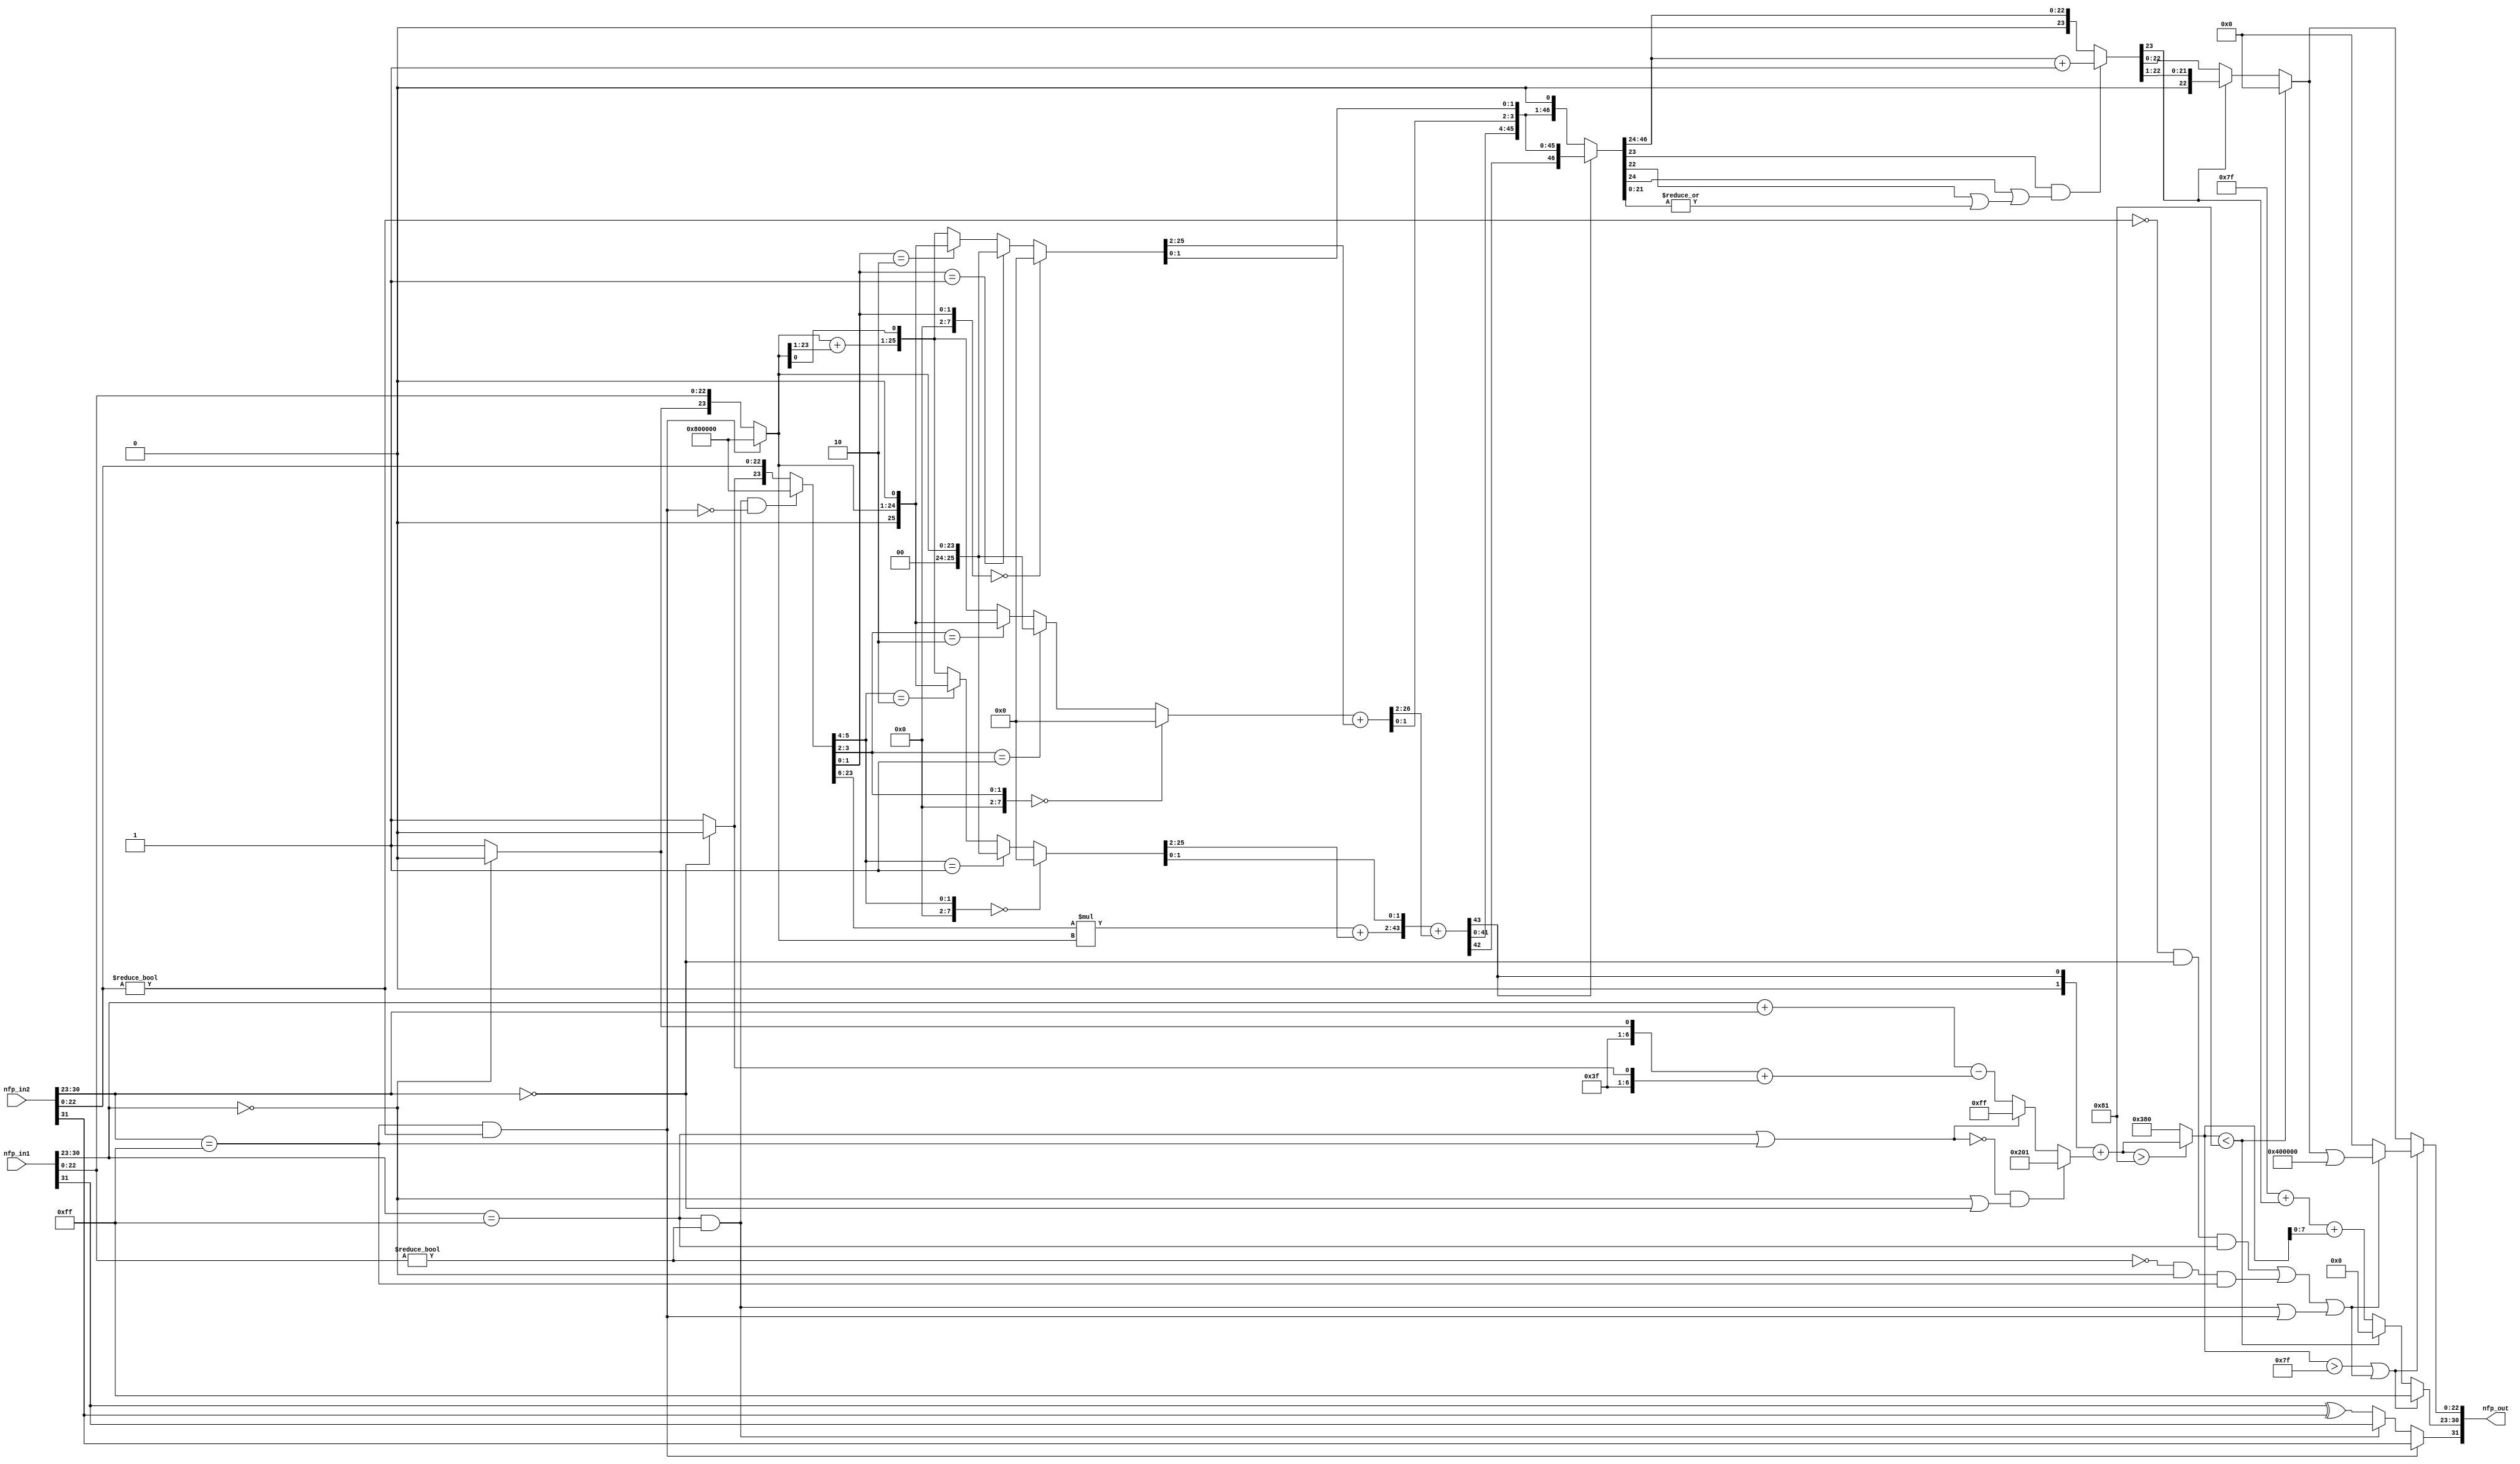
// -------------------------------------------------------------
// 
// 
// Generated by MATLAB 9.12 and HDL Coder 3.20
// 
// -------------------------------------------------------------


// -------------------------------------------------------------
// 
// Module: nfp_mul_single
// Source Path: SimulinkCFARHDLWorkflowExampleNew/CFAR Implementation Model/Alpha HDL/nfp_mul_single
// Hierarchy Level: 2
// 
// {Latency Strategy = "Zero", Denormal Handling = "off"}
// {Mantissa Multiply Strategy = "PartMultiplierPartAddShift"}
// {Part Add Shift Multiplier Size = "18x24"}
// 
// -------------------------------------------------------------

`timescale 1 ns / 1 ns

module nfp_mul_single
          (nfp_in1,
           nfp_in2,
           nfp_out);


  input   [31:0] nfp_in1;  // ufix32
  input   [31:0] nfp_in2;  // ufix32
  output  [31:0] nfp_out;  // ufix32


  wire BS;  // ufix1
  wire [7:0] BE;  // ufix8
  wire [22:0] BM;  // ufix23
  wire Compare_To_Constant1_out1;
  wire Compare_To_Zero3_out1;
  wire Logical_Operator1_out1;
  wire AS;  // ufix1
  wire [7:0] AE;  // ufix8
  wire [22:0] AM;  // ufix23
  wire Compare_To_Constant_out1;
  wire Compare_To_Zero2_out1;
  wire Logical_Operator_out1;
  wire Logical_Operator_out1_1;
  wire Switch_out1;
  wire Constant8_out1;  // ufix1
  wire [7:0] Constant6_out1;  // uint8
  wire Logical_Operator3_out1;
  wire Logical_Operator_out1_2;
  wire Compare_To_Zero1_out1;
  wire Constant3_out1;  // ufix1
  wire Constant2_out1;  // ufix1
  wire Switch2_out1;  // ufix1
  wire [23:0] Bit_Concat1_out1;  // ufix24
  wire [23:0] Constant4_out1;  // ufix24
  wire [23:0] Switch3_out1;  // ufix24
  wire [17:0] BitSlice9_out1;  // ufix18
  wire Compare_To_Zero_out1;
  wire Constant1_out1;  // ufix1
  wire Constant_out1;  // ufix1
  wire Switch1_out1;  // ufix1
  wire [23:0] Bit_Concat_out1;  // ufix24
  wire [23:0] Constant5_out1;  // ufix24
  wire [23:0] Switch_out1_1;  // ufix24
  wire [41:0] Product_out1;  // ufix42
  wire [1:0] BitSlice5_out1;  // ufix2
  wire [7:0] DTC6_out1;  // uint8
  wire [25:0] C1_out1;  // ufix26
  wire Constant1_out1_1;
  wire [22:0] Bit_Slice_out1;  // ufix23
  wire [31:0] Sum1_add_temp;  // ufix32
  wire [31:0] Sum1_1;  // ufix32
  wire [31:0] Sum1_2;  // ufix32
  wire [24:0] Sum1_out1;  // ufix25
  wire [25:0] DTC6_out1_1;  // ufix26
  wire [24:0] Bit_Concat2_out1;  // ufix25
  wire [25:0] DTC4_out1;  // ufix26
  wire Bit_Slice1_out1;  // ufix1
  wire [25:0] Bit_Concat1_out1_1;  // ufix26
  wire [25:0] LUT4_out1 [0:3];  // ufix26 [4]
  wire [25:0] Selector5_out1;  // ufix26
  wire [23:0] Bit_Slice3_out1;  // ufix24
  wire [42:0] Sum2_1;  // ufix43
  wire [42:0] Sum2_2;  // ufix43
  wire [42:0] Sum2_out1;  // ufix43
  wire [1:0] Bit_Slice4_out1;  // ufix2
  wire [44:0] Bit_Concat4_out1;  // ufix45
  wire [1:0] BitSlice4_out1;  // ufix2
  wire [7:0] DTC7_out1;  // uint8
  wire [25:0] Selector4_out1;  // ufix26
  wire [1:0] BitSlice1_out1;  // ufix2
  wire [7:0] DTC8_out1;  // uint8
  wire [25:0] Selector3_out1;  // ufix26
  wire [23:0] Bit_Slice1_out1_1;  // ufix24
  wire [31:0] Sum31_add_temp;  // ufix32
  wire [31:0] Sum31_1;  // ufix32
  wire [31:0] Sum31_2;  // ufix32
  wire [26:0] Sum31_out1;  // ufix27
  wire [1:0] Bit_Slice2_out1;  // ufix2
  wire [28:0] Bit_Concat3_out1;  // ufix29
  wire [24:0] Bit_Slice5_out1;  // ufix25
  wire [45:0] FinalSum1_1;  // ufix46
  wire [45:0] FinalSum1_2;  // ufix46
  wire [45:0] FinalSum1_out1;  // ufix46
  wire [3:0] Bit_Slice6_out1;  // ufix4
  wire [49:0] Bit_Concat1_out1_2;  // ufix50
  wire [47:0] Data_Type_Conversion_out1;  // ufix48
  wire Constant1_out1_2;
  wire [48:0] Bit_Concat_out1_1;  // ufix49
  wire Bit_Slice1_out1_2;  // ufix1
  wire Logical_Operator1_out1_1;
  wire Logical_Operator3_out1_1;
  wire Logical_Operator_out1_3;
  wire Logical_Operator2_out1;
  wire [6:0] Constant2_out1_1;  // ufix7
  wire Constant1_out1_3;
  wire Constant3_out1_1;
  wire Switch_out1_2;
  wire [7:0] Bit_Concat1_out1_3;  // uint8
  wire Switch1_out1_1;
  wire [31:0] Subtract_add_temp;  // ufix32
  wire [31:0] Subtract_1;  // ufix32
  wire [31:0] Subtract_2;  // ufix32
  wire [8:0] Subtract_out1;  // ufix9
  wire [7:0] Bit_Concat_out1_2;  // uint8
  wire [31:0] Add1_add_temp;  // ufix32
  wire [31:0] Add1_1;  // ufix32
  wire [31:0] Add1_2;  // ufix32
  wire [8:0] Add1_out1;  // ufix9
  wire signed [31:0] Subtract2_sub_temp;  // sfix32
  wire signed [31:0] Subtract2_1;  // sfix32
  wire signed [31:0] Subtract2_2;  // sfix32
  wire signed [9:0] Subtract2_out1;  // sfix10
  wire signed [9:0] Constant4_out1_1;  // sfix10
  wire signed [9:0] Switch2_out1_1;  // sfix10
  wire signed [9:0] Constant_out1_1;  // sfix10
  wire signed [9:0] Switch1_out1_2;  // sfix10
  wire signed [31:0] Add_add_temp;  // sfix32
  wire signed [31:0] Add_1;  // sfix32
  wire signed [31:0] Add_2;  // sfix32
  wire signed [9:0] Add_out1;  // sfix10
  wire Compare_To_Constant_out1_1;
  wire signed [9:0] Constant1_out1_4;  // sfix10
  wire signed [9:0] Switch2_out1_2;  // sfix10
  wire Compare_To_Constant1_out1_1;
  wire Logical_Operator1_out1_2;
  wire Logical_Operator4_out1;
  wire Logical_Operator7_out1;
  wire Logical_Operator5_out1;
  wire Logical_Operator6_out1;
  wire Logical_Operator8_out1;
  wire Inf_Zero_out1;
  wire Logical_Operator2_out1_1;
  wire Logical_Operator10_out1;
  wire Logical_Operator_out1_4;
  wire Compare_To_Constant_out1_2;
  wire [7:0] Constant1_out1_5;  // uint8
  wire [48:0] Bit_Shift_out1;  // ufix49
  wire [48:0] Switch_out1_3;  // ufix49
  wire [47:0] Bit_Slice_out1_1;  // ufix48
  wire [1:0] Bit_Slice2_out1_1;  // ufix2
  wire Bit_Slice4_out1_1;  // ufix1
  wire [21:0] Bit_Slice1_out1_3;  // ufix22
  wire Bit_Reduce_out1;  // ufix1
  wire Bit_Slice5_out1_1;  // ufix1
  wire Bit_Slice3_out1_1;  // ufix1
  wire Logical_Operator1_out1_3;
  wire Logical_Operator_out1_5;
  wire [22:0] Bit_Slice1_out1_4;  // ufix23
  wire [23:0] Delay2_out1_dtc;  // ufix24
  wire Constant_out1_2;
  wire [31:0] Add_add_temp_1;  // ufix32
  wire [31:0] Add_4;  // ufix32
  wire [31:0] Add_5;  // ufix32
  wire [23:0] Add_out1_1;  // ufix24
  wire [23:0] Switch_out1_4;  // ufix24
  wire Bit_Slice2_out1_2;  // ufix1
  wire [31:0] Add1_add_temp_1;  // ufix32
  wire [31:0] Add1_4;  // ufix32
  wire [31:0] Add1_5;  // ufix32
  wire [7:0] Add1_out1_1;  // uint8
  wire signed [31:0] Add_add_temp_2;  // sfix32
  wire signed [31:0] Add_7;  // sfix32
  wire signed [31:0] Add_8;  // sfix32
  wire [7:0] Add_out1_2;  // uint8
  wire [7:0] Constant1_out1_6;  // uint8
  wire [7:0] Switch1_out1_3;  // uint8
  wire [7:0] Constant4_out1_2;  // uint8
  wire Switch1_out1_4;
  wire [7:0] Switch4_out1;  // uint8
  wire [7:0] Switch6_out1;  // uint8
  wire [22:0] Bit_Slice4_out1_2;  // ufix23
  wire [22:0] Bit_Shift_out1_1;  // ufix23
  wire [22:0] Switch1_out1_5;  // ufix23
  wire [22:0] Constant2_out1_2;  // ufix23
  wire [22:0] Switch2_out1_3;  // ufix23
  wire [22:0] Constant5_out1_1;  // ufix23
  wire [22:0] Bit_Set_out1;  // ufix23
  wire [22:0] Switch7_out1;  // ufix23
  wire [22:0] Switch5_out1;  // ufix23
  wire [31:0] nfp_out_pack;  // ufix32


  // Split 32 bit word into FP sign, exponent, mantissa
  assign BS = nfp_in2[31];
  assign BE = nfp_in2[30:23];
  assign BM = nfp_in2[22:0];



  assign Compare_To_Constant1_out1 = BE == 8'b11111111;



  assign Compare_To_Zero3_out1 = BM != 23'b00000000000000000000000;



  assign Logical_Operator1_out1 = Compare_To_Constant1_out1 & Compare_To_Zero3_out1;



  // Split 32 bit word into FP sign, exponent, mantissa
  assign AS = nfp_in1[31];
  assign AE = nfp_in1[30:23];
  assign AM = nfp_in1[22:0];



  assign Compare_To_Constant_out1 = AE == 8'b11111111;



  assign Compare_To_Zero2_out1 = AM != 23'b00000000000000000000000;



  assign Logical_Operator_out1 = Compare_To_Constant_out1 & Compare_To_Zero2_out1;



  assign Logical_Operator_out1_1 = AS ^ BS;



  assign Switch_out1 = (Logical_Operator_out1 == 1'b0 ? Logical_Operator_out1_1 :
              AS);



  assign Constant8_out1 = 1'b1;



  assign Constant6_out1 = 8'b00000000;



  assign Logical_Operator3_out1 =  ~ Logical_Operator1_out1;



  assign Logical_Operator_out1_2 = Logical_Operator_out1 & Logical_Operator3_out1;



  assign Compare_To_Zero1_out1 = BE == 8'b00000000;



  assign Constant3_out1 = 1'b1;



  assign Constant2_out1 = 1'b0;



  assign Switch2_out1 = (Compare_To_Zero1_out1 == 1'b0 ? Constant3_out1 :
              Constant2_out1);



  assign Bit_Concat1_out1 = {Switch2_out1, BM};



  assign Constant4_out1 = 24'b100000000000000000000000;



  assign Switch3_out1 = (Logical_Operator_out1_2 == 1'b0 ? Bit_Concat1_out1 :
              Constant4_out1);



  assign BitSlice9_out1 = Switch3_out1[23:6];



  assign Compare_To_Zero_out1 = AE == 8'b00000000;



  assign Constant1_out1 = 1'b1;



  assign Constant_out1 = 1'b0;



  assign Switch1_out1 = (Compare_To_Zero_out1 == 1'b0 ? Constant1_out1 :
              Constant_out1);



  assign Bit_Concat_out1 = {Switch1_out1, AM};



  assign Constant5_out1 = 24'b100000000000000000000000;



  assign Switch_out1_1 = (Logical_Operator1_out1 == 1'b0 ? Bit_Concat_out1 :
              Constant5_out1);



  assign Product_out1 = BitSlice9_out1 * Switch_out1_1;



  assign BitSlice5_out1 = Switch3_out1[5:4];



  assign DTC6_out1 = {6'b0, BitSlice5_out1};



  assign C1_out1 = 26'b00000000000000000000000000;



  assign Constant1_out1_1 = 1'b0;



  assign Bit_Slice_out1 = Switch_out1_1[23:1];



  assign Sum1_1 = {8'b0, Switch_out1_1};
  assign Sum1_2 = {9'b0, Bit_Slice_out1};
  assign Sum1_add_temp = Sum1_1 + Sum1_2;
  assign Sum1_out1 = Sum1_add_temp[24:0];



  assign DTC6_out1_1 = {2'b0, Switch_out1_1};



  assign Bit_Concat2_out1 = {Switch_out1_1, Constant1_out1_1};



  assign DTC4_out1 = {1'b0, Bit_Concat2_out1};



  assign Bit_Slice1_out1 = Switch_out1_1[0];



  assign Bit_Concat1_out1_1 = {Sum1_out1, Bit_Slice1_out1};



  assign LUT4_out1[0] = C1_out1;
  assign LUT4_out1[1] = DTC6_out1_1;
  assign LUT4_out1[2] = DTC4_out1;
  assign LUT4_out1[3] = Bit_Concat1_out1_1;

  assign Selector5_out1 = (DTC6_out1 == 8'b00000000 ? LUT4_out1[0] :
              (DTC6_out1 == 8'b00000001 ? LUT4_out1[1] :
              (DTC6_out1 == 8'b00000010 ? LUT4_out1[2] :
              LUT4_out1[3])));



  assign Bit_Slice3_out1 = Selector5_out1[25:2];



  assign Sum2_1 = {1'b0, Product_out1};
  assign Sum2_2 = {19'b0, Bit_Slice3_out1};
  assign Sum2_out1 = Sum2_1 + Sum2_2;



  assign Bit_Slice4_out1 = Selector5_out1[1:0];



  assign Bit_Concat4_out1 = {Sum2_out1, Bit_Slice4_out1};



  assign BitSlice4_out1 = Switch3_out1[3:2];



  assign DTC7_out1 = {6'b0, BitSlice4_out1};



  assign Selector4_out1 = (DTC7_out1 == 8'b00000000 ? LUT4_out1[0] :
              (DTC7_out1 == 8'b00000001 ? LUT4_out1[1] :
              (DTC7_out1 == 8'b00000010 ? LUT4_out1[2] :
              LUT4_out1[3])));



  assign BitSlice1_out1 = Switch3_out1[1:0];



  assign DTC8_out1 = {6'b0, BitSlice1_out1};



  assign Selector3_out1 = (DTC8_out1 == 8'b00000000 ? LUT4_out1[0] :
              (DTC8_out1 == 8'b00000001 ? LUT4_out1[1] :
              (DTC8_out1 == 8'b00000010 ? LUT4_out1[2] :
              LUT4_out1[3])));



  assign Bit_Slice1_out1_1 = Selector3_out1[25:2];



  assign Sum31_1 = {6'b0, Selector4_out1};
  assign Sum31_2 = {8'b0, Bit_Slice1_out1_1};
  assign Sum31_add_temp = Sum31_1 + Sum31_2;
  assign Sum31_out1 = Sum31_add_temp[26:0];



  assign Bit_Slice2_out1 = Selector3_out1[1:0];



  assign Bit_Concat3_out1 = {Sum31_out1, Bit_Slice2_out1};



  assign Bit_Slice5_out1 = Bit_Concat3_out1[28:4];



  assign FinalSum1_1 = {1'b0, Bit_Concat4_out1};
  assign FinalSum1_2 = {21'b0, Bit_Slice5_out1};
  assign FinalSum1_out1 = FinalSum1_1 + FinalSum1_2;



  assign Bit_Slice6_out1 = Bit_Concat3_out1[3:0];



  assign Bit_Concat1_out1_2 = {FinalSum1_out1, Bit_Slice6_out1};



  assign Data_Type_Conversion_out1 = Bit_Concat1_out1_2[47:0];



  assign Constant1_out1_2 = 1'b0;



  assign Bit_Concat_out1_1 = {Data_Type_Conversion_out1, Constant1_out1_2};



  assign Bit_Slice1_out1_2 = Bit_Concat_out1_1[48];



  assign Logical_Operator1_out1_1 = Compare_To_Constant_out1 | Compare_To_Constant1_out1;



  assign Logical_Operator3_out1_1 =  ~ Logical_Operator1_out1_1;



  assign Logical_Operator_out1_3 = Compare_To_Zero_out1 | Compare_To_Zero1_out1;



  assign Logical_Operator2_out1 = Logical_Operator3_out1_1 & Logical_Operator_out1_3;



  assign Constant2_out1_1 = 7'b0111111;



  assign Constant1_out1_3 = 1'b1;



  assign Constant3_out1_1 = 1'b0;



  assign Switch_out1_2 = (Compare_To_Zero_out1 == 1'b0 ? Constant1_out1_3 :
              Constant3_out1_1);



  assign Bit_Concat1_out1_3 = {Constant2_out1_1, Switch_out1_2};



  assign Switch1_out1_1 = (Compare_To_Zero1_out1 == 1'b0 ? Constant1_out1_3 :
              Constant3_out1_1);



  assign Subtract_1 = {24'b0, AE};
  assign Subtract_2 = {24'b0, BE};
  assign Subtract_add_temp = Subtract_1 + Subtract_2;
  assign Subtract_out1 = Subtract_add_temp[8:0];



  assign Bit_Concat_out1_2 = {Constant2_out1_1, Switch1_out1_1};



  assign Add1_1 = {24'b0, Bit_Concat1_out1_3};
  assign Add1_2 = {24'b0, Bit_Concat_out1_2};
  assign Add1_add_temp = Add1_1 + Add1_2;
  assign Add1_out1 = Add1_add_temp[8:0];



  assign Subtract2_1 = {23'b0, Subtract_out1};
  assign Subtract2_2 = {23'b0, Add1_out1};
  assign Subtract2_sub_temp = Subtract2_1 - Subtract2_2;
  assign Subtract2_out1 = Subtract2_sub_temp[9:0];



  assign Constant4_out1_1 = 10'sb0011111111;



  assign Switch2_out1_1 = (Logical_Operator1_out1_1 == 1'b0 ? Subtract2_out1 :
              Constant4_out1_1);



  assign Constant_out1_1 = 10'sb1000000001;



  assign Switch1_out1_2 = (Logical_Operator2_out1 == 1'b0 ? Switch2_out1_1 :
              Constant_out1_1);



  assign Add_1 = {31'b0, Bit_Slice1_out1_2};
  assign Add_2 = {{22{Switch1_out1_2[9]}}, Switch1_out1_2};
  assign Add_add_temp = Add_1 + Add_2;
  assign Add_out1 = Add_add_temp[9:0];



  assign Compare_To_Constant_out1_1 = Add_out1 > 10'sb1110000001;



  assign Constant1_out1_4 = 10'sb1110000000;



  assign Switch2_out1_2 = (Compare_To_Constant_out1_1 == 1'b0 ? Constant1_out1_4 :
              Add_out1);



  assign Compare_To_Constant1_out1_1 = Switch2_out1_2 > 10'sb0001111111;



  assign Logical_Operator1_out1_2 =  ~ Compare_To_Zero3_out1;



  assign Logical_Operator4_out1 = Logical_Operator1_out1_2 & Compare_To_Zero1_out1;



  assign Logical_Operator7_out1 = Logical_Operator4_out1 & Compare_To_Constant_out1;



  assign Logical_Operator5_out1 =  ~ Compare_To_Zero2_out1;



  assign Logical_Operator6_out1 = Logical_Operator5_out1 & Compare_To_Zero_out1;



  assign Logical_Operator8_out1 = Logical_Operator6_out1 & Compare_To_Constant1_out1;



  assign Inf_Zero_out1 = Logical_Operator7_out1 | Logical_Operator8_out1;



  assign Logical_Operator2_out1_1 = Logical_Operator_out1 | Logical_Operator1_out1;



  assign Logical_Operator10_out1 = Inf_Zero_out1 | Logical_Operator2_out1_1;



  assign Logical_Operator_out1_4 = Compare_To_Constant1_out1_1 | Logical_Operator10_out1;



  assign Compare_To_Constant_out1_2 = Switch2_out1_2 < 10'sb1110000001;



  assign Constant1_out1_5 = 8'b01111111;



  assign Bit_Shift_out1 = Bit_Concat_out1_1 >> 8'd1;



  assign Switch_out1_3 = (Bit_Slice1_out1_2 == 1'b0 ? Bit_Concat_out1_1 :
              Bit_Shift_out1);



  assign Bit_Slice_out1_1 = Switch_out1_3[47:0];



  assign Bit_Slice2_out1_1 = Bit_Slice_out1_1[23:22];



  assign Bit_Slice4_out1_1 = Bit_Slice2_out1_1[0];



  assign Bit_Slice1_out1_3 = Bit_Slice_out1_1[21:0];



  assign Bit_Reduce_out1 = (|Bit_Slice1_out1_3[21:0]);



  assign Bit_Slice5_out1_1 = Bit_Slice2_out1_1[1];



  assign Bit_Slice3_out1_1 = Bit_Slice_out1_1[24];



  assign Logical_Operator1_out1_3 = Bit_Slice3_out1_1 | (Bit_Slice4_out1_1 | Bit_Reduce_out1);



  assign Logical_Operator_out1_5 = Bit_Slice5_out1_1 & Logical_Operator1_out1_3;



  assign Bit_Slice1_out1_4 = Bit_Slice_out1_1[46:24];



  assign Delay2_out1_dtc = {1'b0, Bit_Slice1_out1_4};



  assign Constant_out1_2 = 1'b1;



  assign Add_4 = {9'b0, Bit_Slice1_out1_4};
  assign Add_5 = {31'b0, Constant_out1_2};
  assign Add_add_temp_1 = Add_4 + Add_5;
  assign Add_out1_1 = Add_add_temp_1[23:0];



  assign Switch_out1_4 = (Logical_Operator_out1_5 == 1'b0 ? Delay2_out1_dtc :
              Add_out1_1);



  assign Bit_Slice2_out1_2 = Switch_out1_4[23];



  assign Add1_4 = {24'b0, Constant1_out1_5};
  assign Add1_5 = {31'b0, Bit_Slice2_out1_2};
  assign Add1_add_temp_1 = Add1_4 + Add1_5;
  assign Add1_out1_1 = Add1_add_temp_1[7:0];



  assign Add_7 = {24'b0, Add1_out1_1};
  assign Add_8 = {{22{Switch2_out1_2[9]}}, Switch2_out1_2};
  assign Add_add_temp_2 = Add_7 + Add_8;
  assign Add_out1_2 = Add_add_temp_2[7:0];



  assign Constant1_out1_6 = 8'b00000000;



  assign Switch1_out1_3 = (Compare_To_Constant_out1_2 == 1'b0 ? Add_out1_2 :
              Constant1_out1_6);



  assign Constant4_out1_2 = 8'b11111111;



  assign Switch1_out1_4 = (Logical_Operator1_out1 == 1'b0 ? Switch_out1 :
              BS);



  assign Switch4_out1 = (Logical_Operator_out1_4 == 1'b0 ? Switch1_out1_3 :
              Constant4_out1_2);



  assign Switch6_out1 = (Constant8_out1 == 1'b0 ? Constant6_out1 :
              Switch4_out1);



  assign Bit_Slice4_out1_2 = Switch_out1_4[22:0];



  assign Bit_Shift_out1_1 = Bit_Slice4_out1_2 >> 8'd1;



  assign Switch1_out1_5 = (Bit_Slice2_out1_2 == 1'b0 ? Bit_Slice4_out1_2 :
              Bit_Shift_out1_1);



  assign Constant2_out1_2 = 23'b00000000000000000000000;



  assign Switch2_out1_3 = (Compare_To_Constant_out1_2 == 1'b0 ? Switch1_out1_5 :
              Constant2_out1_2);



  assign Constant5_out1_1 = 23'b00000000000000000000000;



  assign Bit_Set_out1 = Switch2_out1_3 | 23'b10000000000000000000000;



  assign Switch7_out1 = (Logical_Operator10_out1 == 1'b0 ? Constant5_out1_1 :
              Bit_Set_out1);



  assign Switch5_out1 = (Logical_Operator_out1_4 == 1'b0 ? Switch2_out1_3 :
              Switch7_out1);



  // Combine FP sign, exponent, mantissa into 32 bit word
  assign nfp_out_pack = {Switch1_out1_4, Switch6_out1, Switch5_out1};



  assign nfp_out = nfp_out_pack;

endmodule  // nfp_mul_single